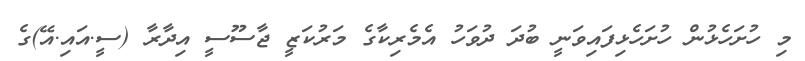
މި ހުށަހެޅުން ހުށަހެޅިފައިވަނީ ބުދަ ދުވަހު އެމެރިކާގެ މަރުކަޒީ ޖާސޫސީ އިދާރާ (ސީ.އައި.އޭ)ގެ